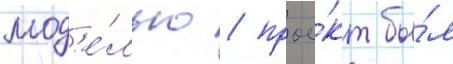
мод'е́лью / прое́кт бы́л